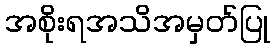
အစိုးရအသိအမှတ်ပြု